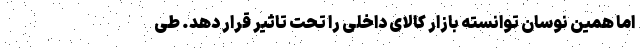
اما همین نوسان توانسته بازار کالای داخلی را تحت تاثیر قرار دهد. طی